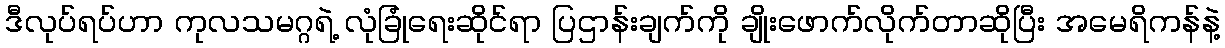
ဒီလုပ်ရပ်ဟာ ကုလသမဂ္ဂရဲ့ လုံခြုံရေးဆိုင်ရာ ပြဌာန်းချက်ကို ချိုးဖောက်လိုက်တာဆိုပြီး အမေရိကန်နဲ့